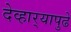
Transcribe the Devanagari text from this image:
देव्हार्‍यापुढे